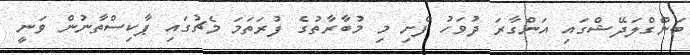
ބަންގްލަދޭޝްގައި އަންގާރަ ދުވަހު ފެށި މި މުބާރާތުގެ ފުރަތަމަ މެޗުގައި ޕާކިސްތާނުން ވަނީ